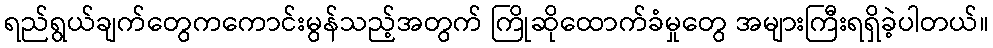
ရည်ရွယ်ချက်တွေကကောင်းမွန်သည့်အတွက် ကြိုဆိုထောက်ခံမှုတွေ အများကြီးရရှိခဲ့ပါတယ်။